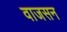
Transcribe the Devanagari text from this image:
वाजसन